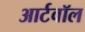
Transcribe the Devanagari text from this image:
आर्टवॉल